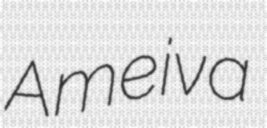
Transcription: Ameiva